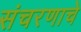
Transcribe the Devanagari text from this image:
संचरणाचे